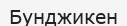
Бунджикен